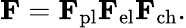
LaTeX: \mathbf{F}=\mathbf{F}_{\mathrm{pl}}\mathbf{F}_{\mathrm{el}}\mathbf{F}_{\mathrm{ch}}.